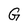
Character: G